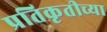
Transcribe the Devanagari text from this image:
प्रतिकृतीच्या